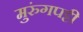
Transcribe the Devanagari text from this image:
मुरुंगपट्टी